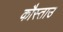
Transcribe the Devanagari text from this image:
कौस्ताउ